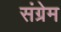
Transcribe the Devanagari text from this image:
संग्रेम